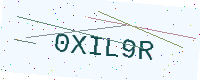
Text: 0XIL9R